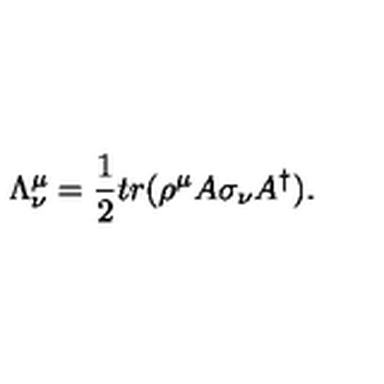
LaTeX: \Lambda _ { \nu } ^ { \mu } = \frac { 1 } { 2 } t r ( \rho ^ { \mu } A \sigma _ { \nu } A ^ { \dagger } ) .